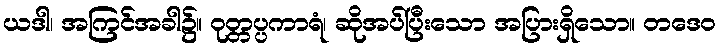
ယဒါ၊ အကြင်အခါ၌။ ဝုတ္တပ္ပကာရံ၊ ဆိုအပ်ပြီးသော အပြားရှိသော။ တဒေဝ